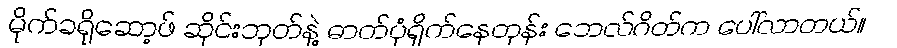
မိုက်ခရိုဆော့ဖ် ဆိုင်းဘုတ်နဲ့ ဓာတ်ပုံရိုက်နေတုန်း ဘေလ်ဂိတ်က ပေါ်လာတယ်။